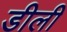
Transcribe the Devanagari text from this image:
डीली